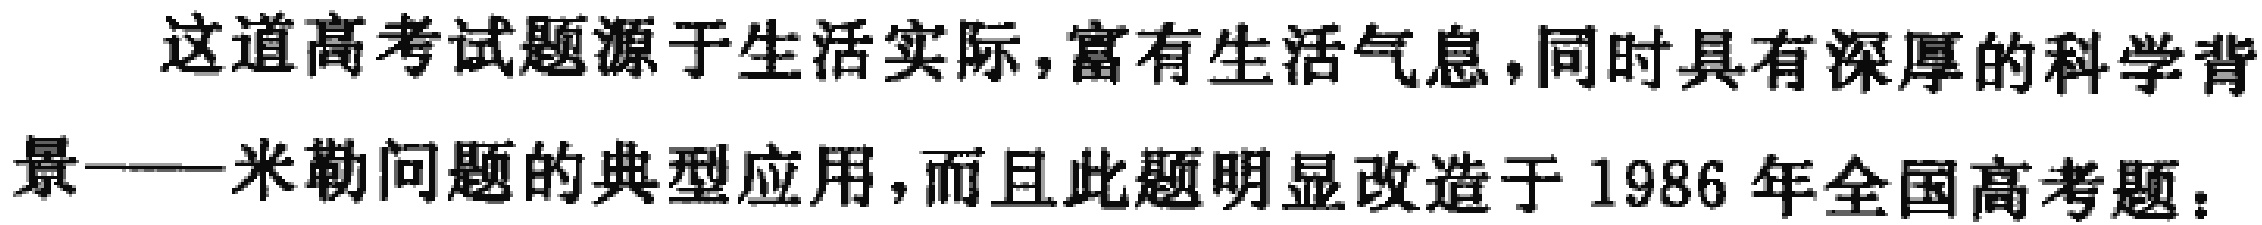
这道高考试题源于生活实际,富有生活气息,同时具有深厚的科学背

景——米勒问题的典型应用,而且此题明显改造于 1986 年全国高考题：